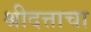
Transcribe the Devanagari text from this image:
श्रीदत्ताचा